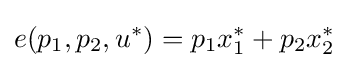
e(p_{1},p_{2},u^{*})=p_{1}x_{1}^{*}+p_{2}x_{2}^{*}